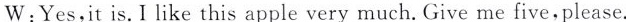
W;Yes,it is. I like this apple very much. Give me five.Please.